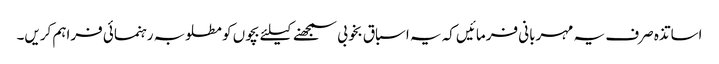
اساتذہ صرف یہ مہربانی فرمائیں کہ یہ اسباق بخوبی سمجھنے کیلئے بچوں کو مطلوبہ رہنمائی فراہم کریں۔